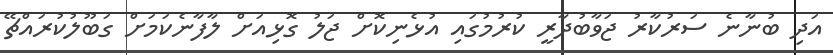
އަދި ބުނާނެ ސަރުކާރު ޖަވާބުދާރީ ކުރުމުގައި އުޅެނިކޮށް ޖަލު ގޮޅިއަށް ލާފާނެކަމަށް ގަބޫލުކުރައްޗޭ